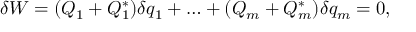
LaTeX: \delta W = ( Q _ { 1 } + Q _ { 1 } ^ { * } ) \delta q _ { 1 } + \ldots + ( Q _ { m } + Q _ { m } ^ { * } ) \delta q _ { m } = 0 ,